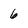
Character: 6